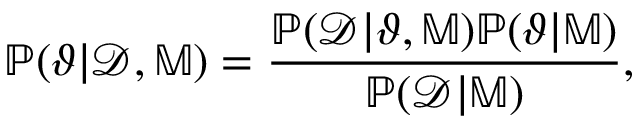
\mathbb { P } ( \boldsymbol { \vartheta } | \mathcal { D } , \mathbb { M } ) = \frac { \mathbb { P } ( \mathcal { D } | \boldsymbol { \vartheta } , \mathbb { M } ) \mathbb { P } ( \boldsymbol { \vartheta } | \mathbb { M } ) } { \mathbb { P } ( \mathcal { D } | \mathbb { M } ) } ,